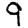
Digit: 9